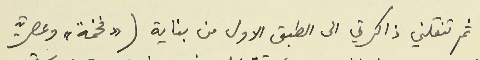
ثم تنقلني ذاكرتي الى الطبق الاول من بناية (" فخمة" وعصرية